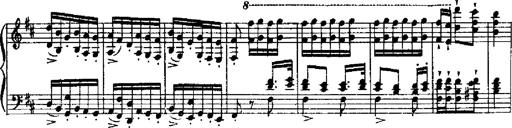
Title: RÃ©miniscences de Robert le diable
Composer: Franz Liszt